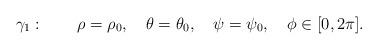
LaTeX: \begin{align*}\gamma_1:\quad\quad \rho=\rho_0,\quad \theta=\theta_0, \quad\psi=\psi_0,\quad\phi\in[0,2\pi].\end{align*}